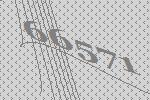
66571